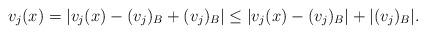
LaTeX: \begin{align*}v_j(x) &= |v_j(x) - (v_j)_B + (v_j)_B| \le |v_j(x) - (v_j)_B| + |(v_j)_B|.\end{align*}